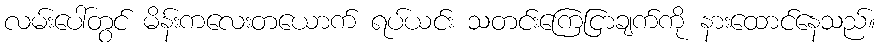
လမ်းပေါ်တွင် မိန်းကလေးတယောက် ရပ်ယင်း သတင်းကြေငြာချက်ကို နားထောင်နေသည်။